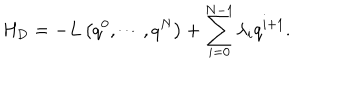
LaTeX: H _ { \mathrm { D } } = - L \left( q ^ { 0 } , \cdots , q ^ { N } \right) + \sum _ { i = 0 } ^ { N - 1 } \lambda _ { i } q ^ { i + 1 } .